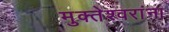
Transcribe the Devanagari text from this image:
मुक्तेश्वरांना